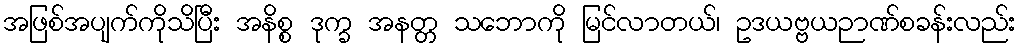
အဖြစ်အပျက်ကိုသိပြီး အနိစ္စ ဒုက္ခ အနတ္တ သဘောကို မြင်လာတယ်၊ ဥဒယဗ္ဗယဉာဏ်စခန်းလည်း